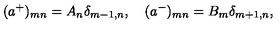
( a ^ { + } ) _ { m n } = A _ { n } \delta _ { m - 1 , n } , \quad ( a ^ { - } ) _ { m n } = B _ { m } \delta _ { m + 1 , n } ,